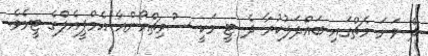
ދެ ވަނަ މެޗްގައި ބައްދަލުކުރާ ދެ ޓީ މަކީ ސްވިޗްއޯންއާ އެމްޕީއެލްގެ ޓީމެވެ.